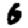
Digit: 6